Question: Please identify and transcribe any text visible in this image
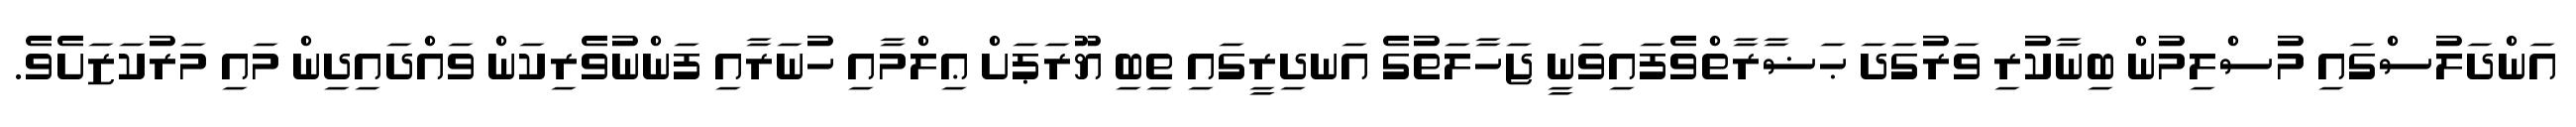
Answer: އަންދަލުސްގައި މުސްލިމުން ބިނާކުރި ވަރުގަދަ ޙަޟާރާތްވެފައިވަނީ ޖަހާލަތުގެ އަނދިރީގައި ތިބި ޔޫރަޕަށް ޢިލްމާއި ހުނަރާއި ފަންނުވެރިކަން ވައްދައިދިން މައި މަރުކަޒަށެވެ.